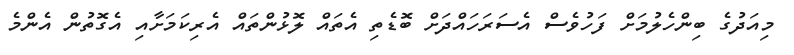
މިއަދުގެ ބިންހެލުމަށް ފަހުވެސް އެސަރަހައްދަށް ބޮޑެތި އެތައް ލޮޅުންތައް އެރިކަމަށާއި އެގޮތުން އެންމެ